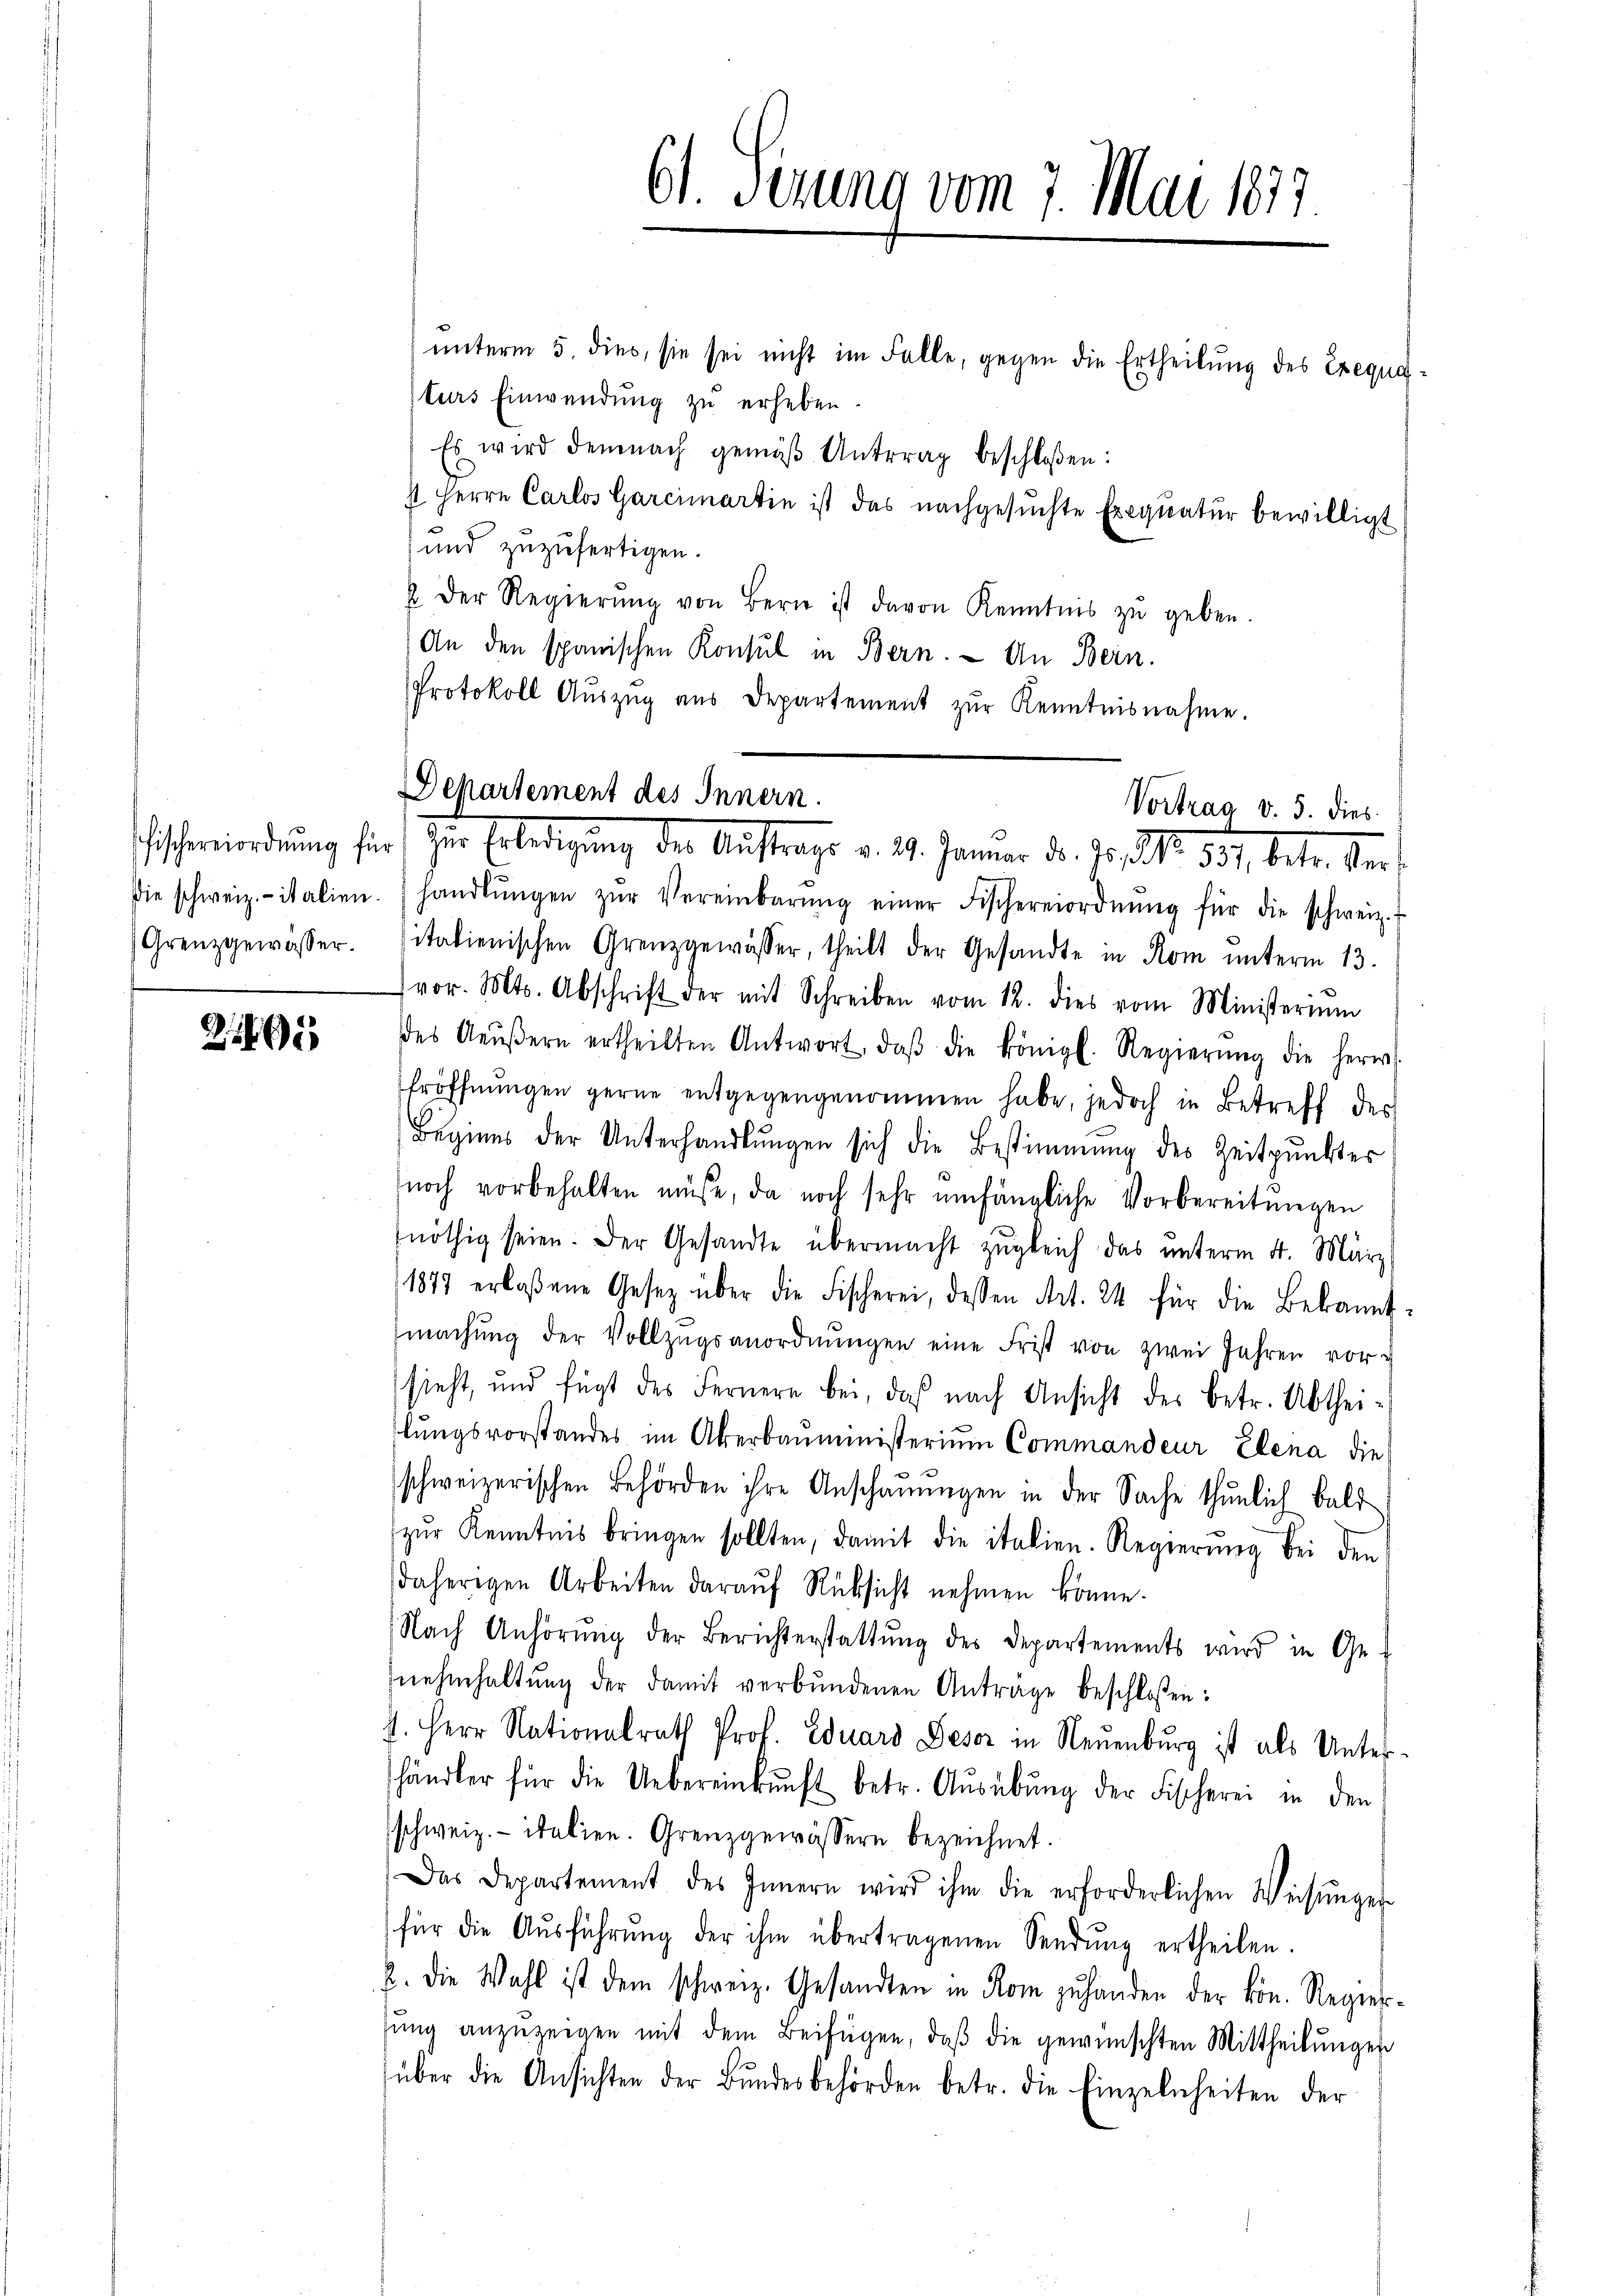
Grenzgewässer.

21

unterm 5. dies, sie sei nicht im Falle, gegen die Ertheilung des Exequiturs Einwendung zŭ erheben.
Es wird demnach gemäβ Antrag beschloßen:
st Herrn Carlos Garcimartin ist das nachgesuchte Exequatur bewilligt
und zuzufertigen.
2 der Regierŭng von Bern ist davon Kenntnis zŭ geben.
An den spanischen Konsul in Bern. — An Bern.
Protokoll Aŭszŭg aŭs Departement zŭr Kenntnisnahme.

die schweiz.- italien. handlŭngen zŭr Vereinbarŭng einer Fischereiordnŭng für die schweiz.
sitatienischen Grenzgewässer, theilt der Gesandte in Rom unterm 13.
vor. Mts. Abschrift der mit Schreiben vom 12. dies vom Ministeriŭm
des Aeŭβern ertheilten Antwort, daβ die königl. Regierŭng die herw
Eröffnŭngen gerne entgegengenommen habe, jedoch in Betreff des
Beginns der Unterhandlŭngen sich die Bestimmung des Zeitpunktes
noch vorbehalten müße, da noch sehr umfängliche Vorbereitungen
nöthig seien. Der Gesandte übermacht zŭgleich das unterm 4. März
1877 erlaßene Gesetz über die Fischerei, dessen Art. 24 für die Bekannt-
machŭng der Vollzŭgsanordnŭngen eine Frist von zwei Jahren vorsieht, und fügt des Fernere bei, das nach Ansicht des betr. Abthei-
lungsvorstandes im Akerbauministerium Commandeur, Elena die
schweizerischen Behörden ihre Anschaŭŭngen in der Sache thŭnlich bald
zŭr Kenntnis bringen sollten, damit die italien. Regierŭng bei den
daherigen Arbeiten darauf Rücksicht nehmen könne.
Nach Anhörŭng der Berichterstattŭng des Departements wird in Ge-
nehmhaltŭng der damit verbŭndenen Anträge beschloßen:
4. Herr Nationalrath Prof. Eduard Deser in Neuenburg ist als Unterhändler für die Uebereinkŭnft betr. Aŭsübŭng der Fischerei in den
schweiz.- italien. Grenzgewässern bezeichnet.
Das Departement des Innern wird ihm die erforderlichen Weisŭngen
für die Aŭsführŭng der ihm übertragenen Sendŭng ertheilen.
2. die Wahl ist dem schweiz. Gesandten in Rom zŭ handen der kön. Regier-
gŭng anzuzeigen mit dem Beifügen, daβ die gewünschten Mittheilungen
über die Ansichten der Bŭndesbehörden betr. die Einzelnheiten der

61. Sezung vom 7. Mai 1877

Departement des Innern.
Vortrag v. 5. dies
serordnung für zur Erledigung der Auftrage v. 29. Januar d. J. 1818. 357, betr. der